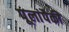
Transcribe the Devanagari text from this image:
पूलांपैकी